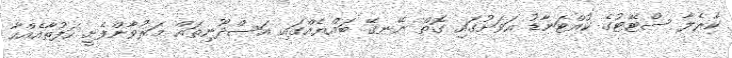
ކެރެލާ ސްޓޭޓުގެ ކުއްޓަނާޑު އަވަށުގައި ގޮތް ނޭނގޭ ބައްޔެއްގައި އަސްދޫނިތައް މަރުވާންފެށީ ހަފުތާއެއްހާ